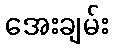
အေးချမ်း